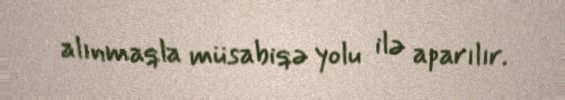
alınmaqla müsabiqə yolu ilə aparılır.